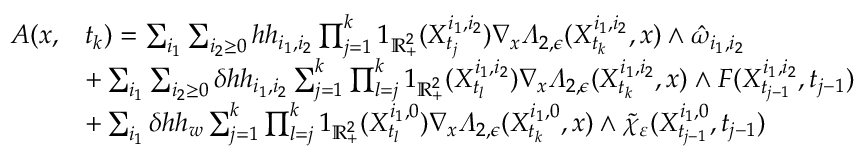
\begin{array} { r l } { A ( x , } & { t _ { k } ) = \sum _ { i _ { 1 } } \sum _ { i _ { 2 } \geq 0 } h h _ { i _ { 1 } , i _ { 2 } } \prod _ { j = 1 } ^ { k } 1 _ { \mathbb { R } _ { + } ^ { 2 } } ( X _ { t _ { j } } ^ { i _ { 1 } , i _ { 2 } } ) \nabla _ { x } \varLambda _ { 2 , \epsilon } ( X _ { t _ { k } } ^ { i _ { 1 } , i _ { 2 } } , x ) \wedge \hat { \omega } _ { i _ { 1 } , i _ { 2 } } } \\ & { + \sum _ { i _ { 1 } } \sum _ { i _ { 2 } \geq 0 } \delta h h _ { i _ { 1 } , i _ { 2 } } \sum _ { j = 1 } ^ { k } \prod _ { l = j } ^ { k } 1 _ { \mathbb { R } _ { + } ^ { 2 } } ( X _ { t _ { l } } ^ { i _ { 1 } , i _ { 2 } } ) \nabla _ { x } \varLambda _ { 2 , \epsilon } ( X _ { t _ { k } } ^ { i _ { 1 } , i _ { 2 } } , x ) \wedge F ( X _ { t _ { j - 1 } } ^ { i _ { 1 } , i _ { 2 } } , t _ { j - 1 } ) } \\ & { + \sum _ { i _ { 1 } } \delta h h _ { w } \sum _ { j = 1 } ^ { k } \prod _ { l = j } ^ { k } 1 _ { \mathbb { R } _ { + } ^ { 2 } } ( X _ { t _ { l } } ^ { i _ { 1 } , 0 } ) \nabla _ { x } \varLambda _ { 2 , \epsilon } ( X _ { t _ { k } } ^ { i _ { 1 } , 0 } , x ) \wedge \tilde { \chi } _ { \varepsilon } ( X _ { t _ { j - 1 } } ^ { i _ { 1 } , 0 } , t _ { j - 1 } ) } \end{array}